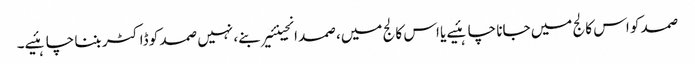
صمد کو اس کالج میں جانا چاہئیے یا اس کالج میں، صمد انجینئیر بنے، نہیں صمد کو ڈاکٹر بننا چاہئیے۔